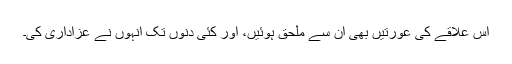
اس علاقے کی عورتیں بھی ان سے ملحق ہوئیں، اور کئی دنوں تک انہوں نے عزاداری کی۔